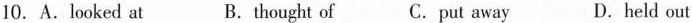
10. A. Looked at B.t hought of C. put away D.h eld out